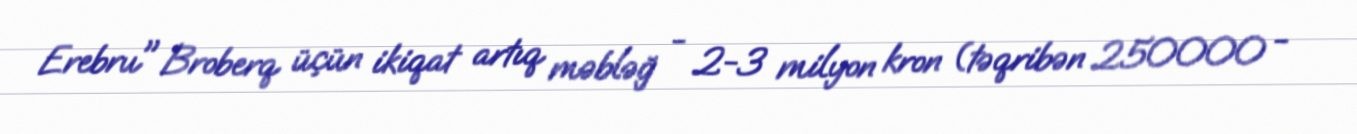
Erebru" Broberq üçün ikiqat artıq məbləğ - 2-3 milyon kron (təqribən 250000 -